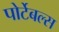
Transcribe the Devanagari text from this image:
पोर्टेबल्स